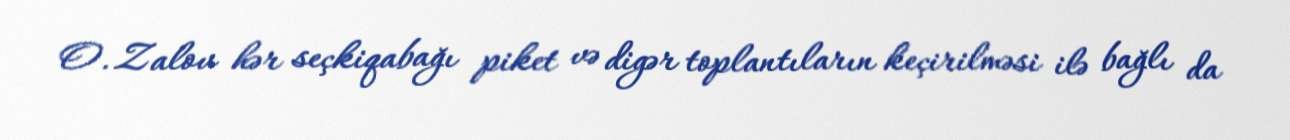
O. Zalov hər seçkiqabağı piket və digər toplantıların keçirilməsi ilə bağlı da